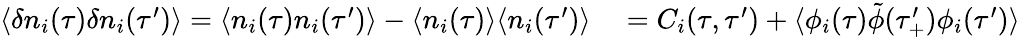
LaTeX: \begin{array}{rl}{\langle\delta n_{i}(\tau)\delta n_{i}(\tau^{\prime})\rangle=\langle n_{i}(\tau)n_{i}(\tau^{\prime})\rangle-\langle n_{i}(\tau)\rangle\langle n_{i}(\tau^{\prime})\rangle}&{{}=C_{i}(\tau,\tau^{\prime})+\langle\phi_{i}(\tau)\tilde{\phi}(\tau_{+}^{\prime})\phi_{i}(\tau^{\prime})\rangle}\end{array}